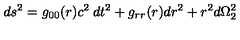
d s ^ { 2 } = g _ { 0 0 } ( r ) c ^ { 2 } \: d t ^ { 2 } + g _ { r r } ( r ) d r ^ { 2 } + r ^ { 2 } d \Omega _ { 2 } ^ { 2 }